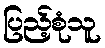
ပြည့်စုံသူ